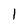
Character: 1